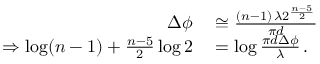
\begin{array} { r l } { \Delta \phi } & { { } \cong \frac { ( n - 1 ) \, \lambda 2 ^ { \frac { n - 5 } { 2 } } } { \pi d } } \\ { \Rightarrow \log ( n - 1 ) + \frac { n - 5 } { 2 } \log 2 } & { { } = \log \frac { \pi d \Delta \phi } { \lambda } \, . } \end{array}